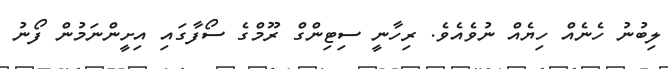
ލިބުނު ހެނެއް ހިޔެއް ނުވެއެވެ. ރިހާނީ ސިޓިންގް ރޫމްގެ ސޯފާގައި އިށީންނަމުން ފޯނު